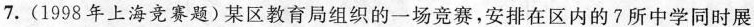
7. (1998年上海竞赛题)某区教育局组织的一场竞赛，安排在区内的7所中学同时展